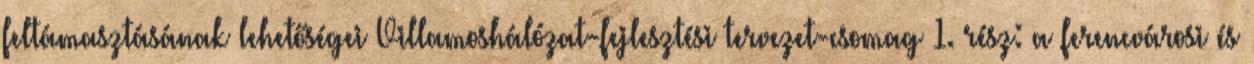
feltámasztásának lehetőségei Villamoshálózat-fejlesztési tervezet-csomag 1. rész: a ferencvárosi és